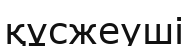
құсжеуші